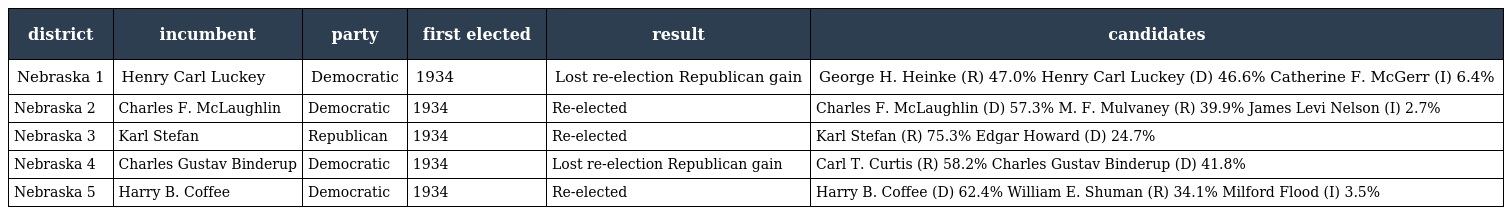
| district | incumbent | party | first elected | result | candidates |
 | --- | --- | --- | --- | --- | --- |
 | Nebraska 1 | Henry Carl Luckey | Democratic | 1934 | Lost re-election Republican gain | George H. Heinke (R) 47.0% Henry Carl Luckey (D) 46.6% Catherine F. McGerr (I) 6.4% |
 | Nebraska 2 | Charles F. McLaughlin | Democratic | 1934 | Re-elected | Charles F. McLaughlin (D) 57.3% M. F. Mulvaney (R) 39.9% James Levi Nelson (I) 2.7% |
 | Nebraska 3 | Karl Stefan | Republican | 1934 | Re-elected | Karl Stefan (R) 75.3% Edgar Howard (D) 24.7% |
 | Nebraska 4 | Charles Gustav Binderup | Democratic | 1934 | Lost re-election Republican gain | Carl T. Curtis (R) 58.2% Charles Gustav Binderup (D) 41.8% |
 | Nebraska 5 | Harry B. Coffee | Democratic | 1934 | Re-elected | Harry B. Coffee (D) 62.4% William E. Shuman (R) 34.1% Milford Flood (I) 3.5% |